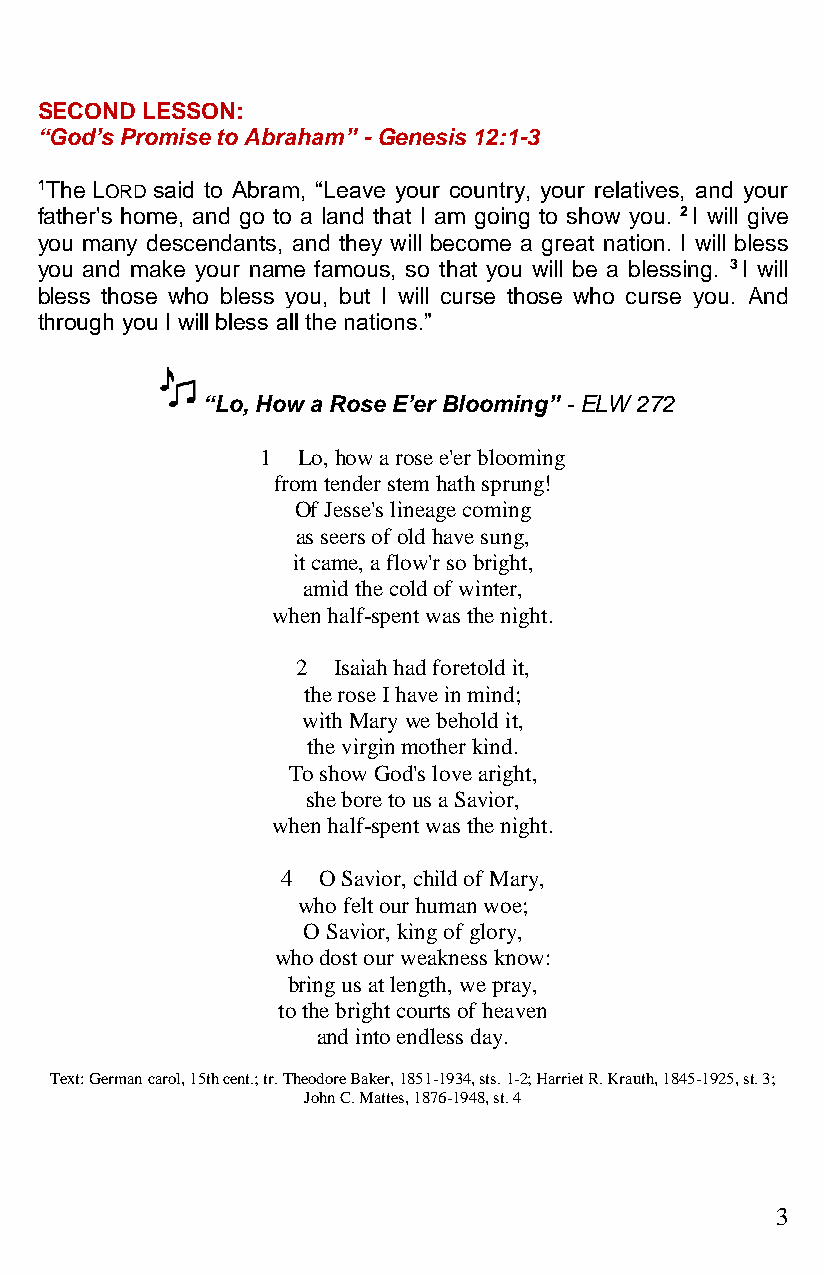
SECOND LESSON:
 “God’s Promise to Abraham” - Genesis 12:1-3
 1The LORD said to Abram, “Leave your country, your relatives, and your
 father's home, and go to a land that I am going to show you. 2 I will give
 you many descendants, and they will become a great nation. I will bless
 you and make your name famous, so that you will be a blessing. 3 I will
 bless those who bless you, but I will curse those who curse you. And
 through you I will bless all the nations.”
 “Lo, How a Rose E’er Blooming” - ELW 272
 1  Lo, how a rose e'er blooming
 from tender stem hath sprung!
 Of Jesse's lineage coming
 as seers of old have sung,
 it came, a flow'r so bright,
 amid the cold of winter,
 when half-spent was the night.
 2 Isaiah had foretold it,
 the rose I have in mind;
 with Mary we behold it,
 the virgin mother kind.
 To show God's love aright,
 she bore to us a Savior,
 when half-spent was the night.
 4 O Savior, child of Mary,
 who felt our human woe;
 O Savior, king of glory,
 who dost our weakness know:
 bring us at length, we pray,
 to the bright courts of heaven
 and into endless day.
 Text: German carol, 15th cent.; tr. Theodore Baker, 1851-1934, sts. 1-2; Harriet R. Krauth, 1845-1925, st. 3;
 John C. Mattes, 1876-1948, st. 4
 3